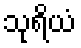
သုရိယံ